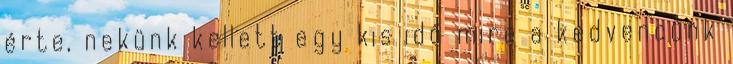
érte, nekünk kellett egy kis idő mire a kedvencünk